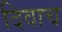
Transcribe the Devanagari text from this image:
दिवाच